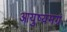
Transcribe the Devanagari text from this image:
आयुष्यमग्रं